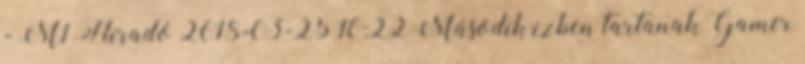
- M1 Híradó 2018-03-25 10:22 Második ízben tartanak Gamer